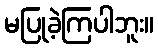
မပြုခဲ့ကြပါဘူး။